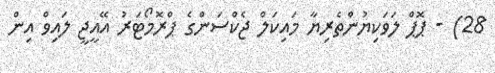
28) - ޕޮޕް ލަވަކިޔުންތެރިޔާ މައިކަލް ޖެކްސަންގެ ޕްރޮމޯޓަރު އޭއީޖީ ލައިވް އިން